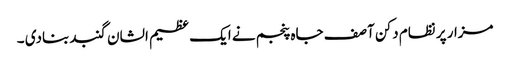
مزار پر نظام دکن آصف جاہ پنجم نے ایک عظیم الشان گنبد بنادی ۔